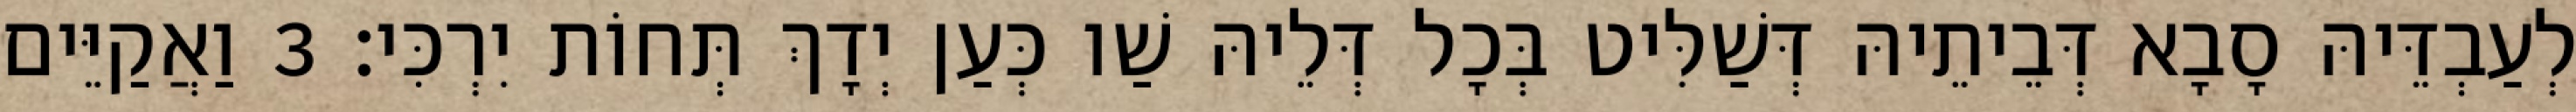
לְעַבְדֵּיהּ סָבָא דְּבֵיתֵיהּ דְּשַׁלִּיט בְּכָל דְּלֵיהּ שַׁו כְּעַן יְדָךְ תְּחוֹת יִרְכִּי׃ 3 וַאֲקַיֵּים